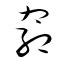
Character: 窈